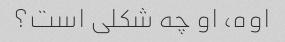
اوه، او چه شکلی است؟